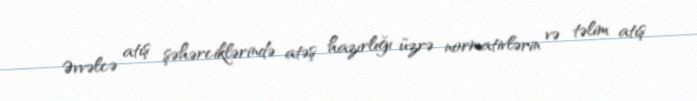
Əvvəlcə atış şəhərciklərində atəş hazırlığı üzrə normativlərin və təlim atış